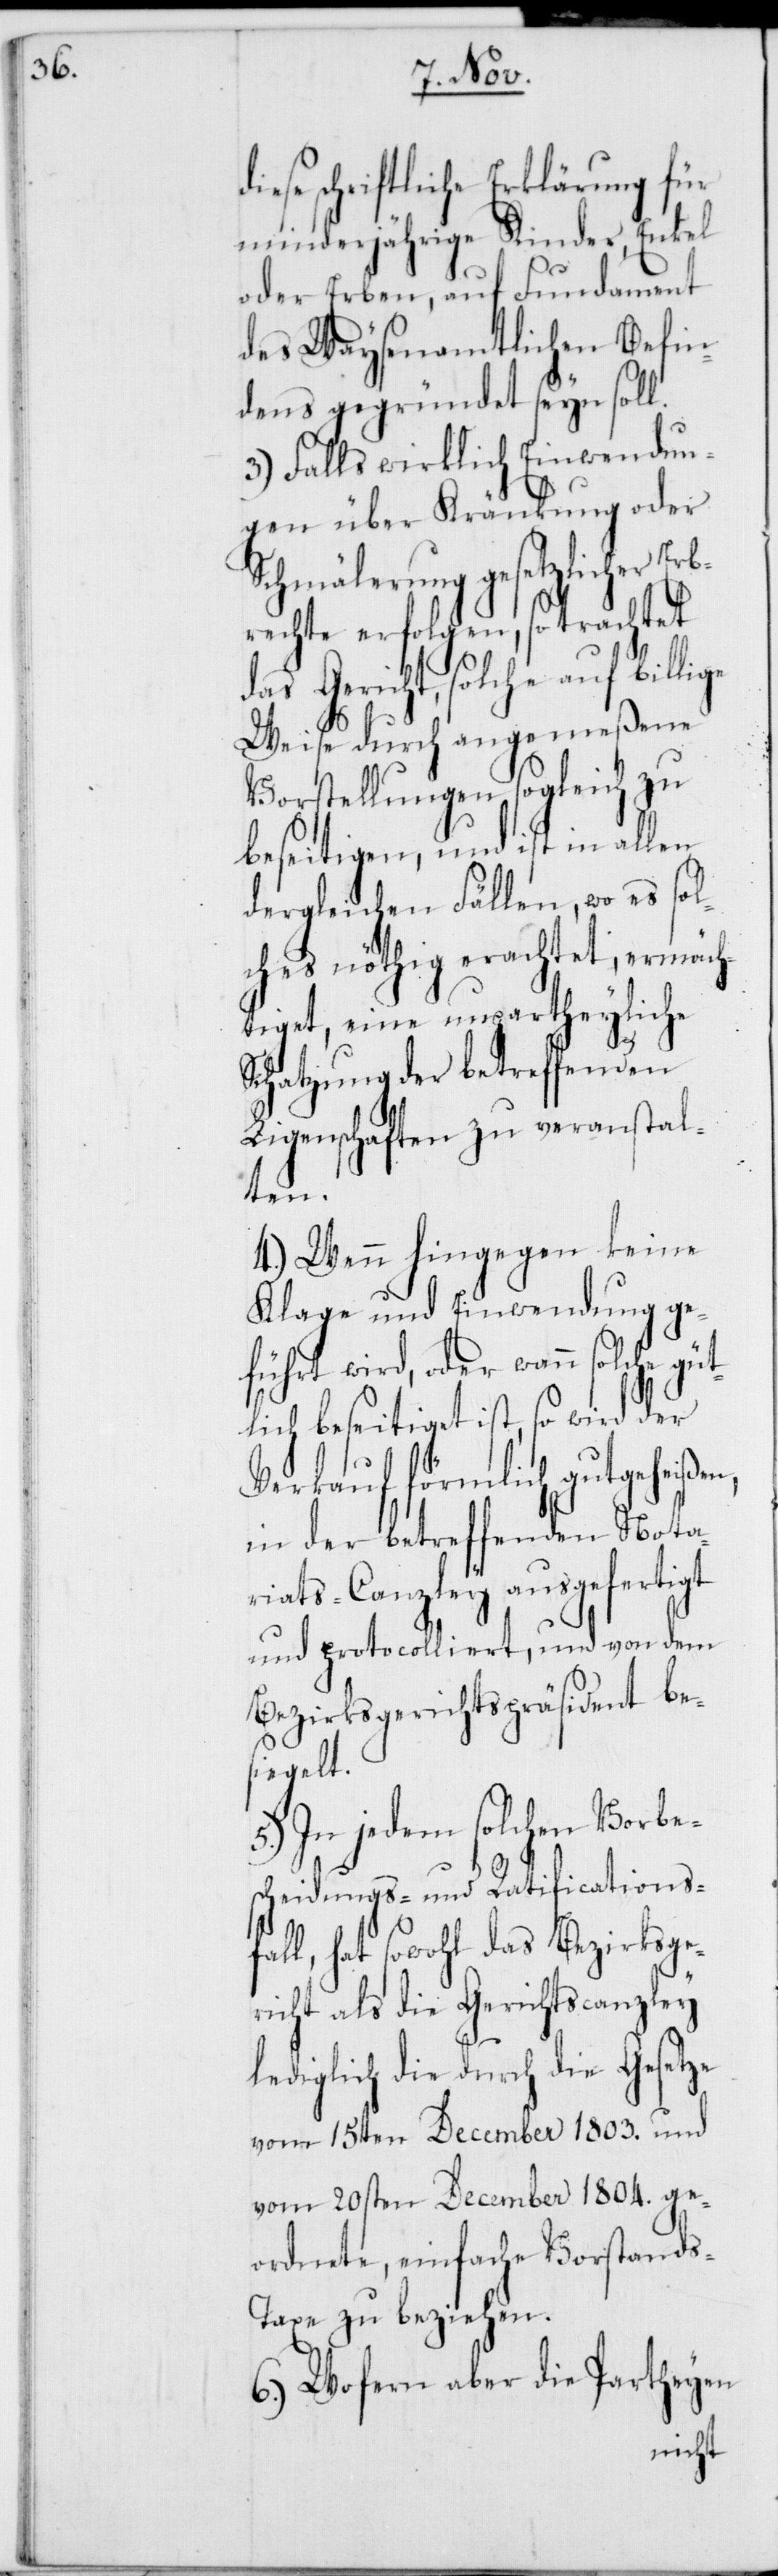
iese schriftliche Erklärung für
minderjährige Kinder, Enkel
oder Erben, auf Fundament
des Waysenamtlichen Befin¬
dens gegründet seyn soll.
3.) Falls wirklich Einwendun¬
gen über Kränkung oder
Schmälerung gesetzlicher Er¬
brechte erfolgen, so trachtet
das Gericht, solche auf billige
ü¬
Weise durch angemeßene
Vorstellungen sogleich zu
beseitigen, und ist in allen
dergleichen Fällen, wo es sol¬
ches nöthig erachtet, ermäch¬
tiget, eine unpartheyliche
Schatzung der betreffenden
Ligenschaften zu veranstal¬
ten.
4.) Wenn hingegen keine
Klage und Einwendung ge¬
führt wird, oder wann solche g¬
tlich beseitiget ist, so wird der
Verkauf förmlich gutgeheißen,
in der betreffenden Nota¬
riats-Canzley ausgefertiget
und protocolliert, und von dem
Bezirksgerichtspräsident be¬
siegelt.
5.) In jedem solchen Vorbe¬
scheidungs- und Ratifications¬
fall, hat sowohl das Bezirksge¬
richt als die Gerichtscanzley
lediglich die durch die Gesetze
vom 15ten December 1803. und
vom 20sten December 1804. ge¬
ordnete einfache Vorstands-T¬
axe zu beziehen.
6.) Wofern aber die Partheyen